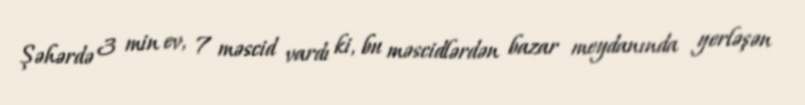
Şəhərdə 3 min ev, 7 məscid vardı ki, bu məscidlərdən bazar meydanında yerləşən